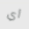
أي